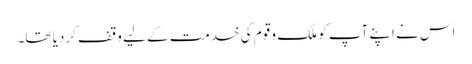
اس نے اپنے آپ کو ملک و قوم کی خدمت کے لیے وقف کردیا تھا۔